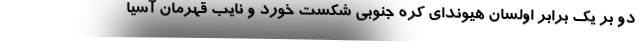
دو بر یک برابر اولسان هیوندای کره جنوبی شکست خورد و نایب قهرمان آسیا